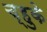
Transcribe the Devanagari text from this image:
च्हुके